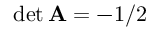
\operatorname* { d e t } \mathbf { A } = - 1 / 2